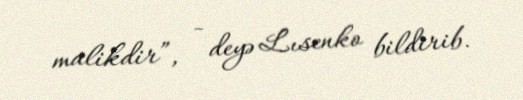
malikdir”, - deyə Lısenko bildirib.